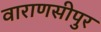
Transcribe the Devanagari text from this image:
वाराणसीपुर